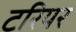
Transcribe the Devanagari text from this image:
टरियर